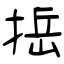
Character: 捳